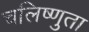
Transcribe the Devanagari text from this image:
चलिष्णुता